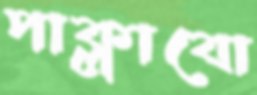
পাক্‌লাবো